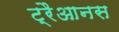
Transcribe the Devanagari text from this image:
ट्रैआनस